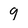
Character: 9